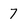
Character: 7